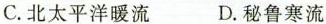
C.北太平洋暖流 D.秘鲁寒流